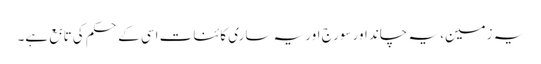
یہ زمین، یہ چاند اور سورج اور یہ ساری کائنات اسی کے حکم کی تابع ہے۔